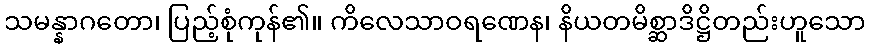
သမန္နာဂတော၊ ပြည့်စုံကုန်၏။ ကိလေသာဝရဏေန၊ နိယတမိစ္ဆာဒိဋ္ဌိတည်းဟူသော